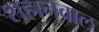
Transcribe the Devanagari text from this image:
शहानवाल